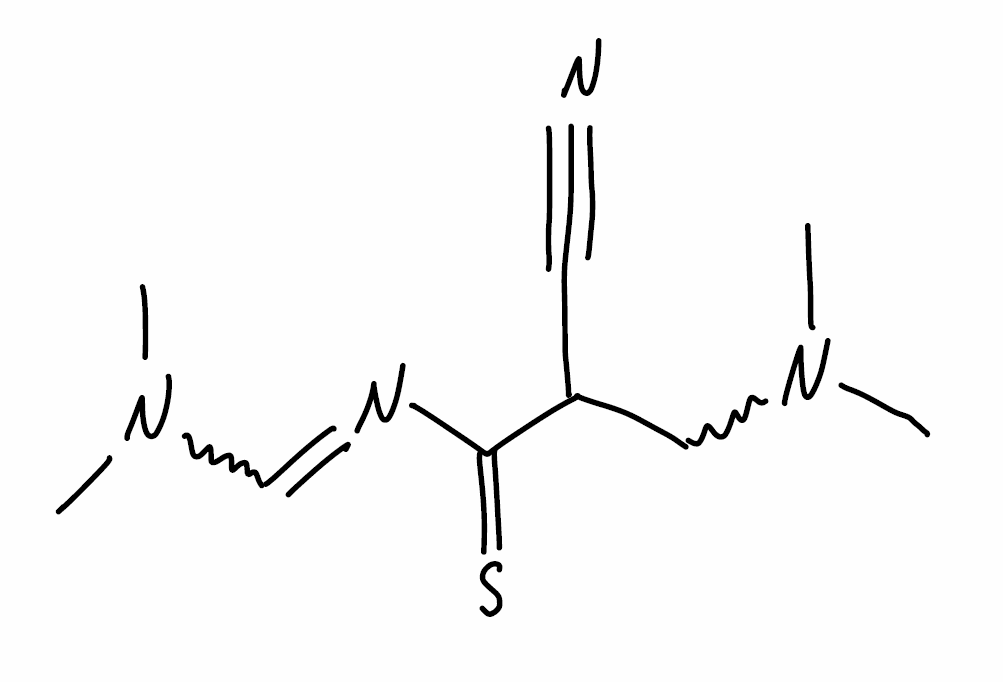
Simplified molecular-input line-entry system (SMILES) notation of the given molecule:
CN(C)C=C(C#N)C(=S)N=CN(C)C